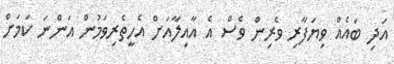
އަދި ބައެއް ވިޔަފާރި ވެރިން ވެސް އެ އާއިލާއަށް އެހީތެރިވަމުން އަންނަ ކަމަށް